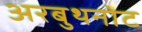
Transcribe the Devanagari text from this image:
अरबुथनोट